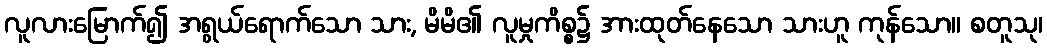
လူလားမြောက်၍ အရွယ်ရောက်သော သား, မိမိ၏ လူမှုကိစ္စ၌ အားထုတ်နေသော သားဟူ ကုန်သော။ စတူသု၊